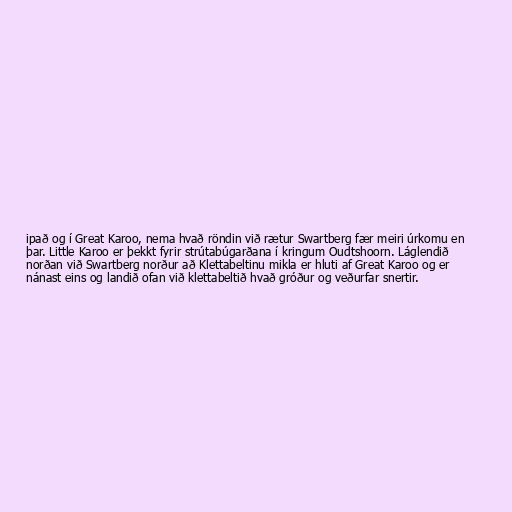
ipað og í Great Karoo, nema hvað röndin við rætur Swartberg fær meiri úrkomu en
þar. Little Karoo er þekkt fyrir strútabúgarðana í kringum Oudtshoorn. Láglendið
norðan við Swartberg norður að Klettabeltinu mikla er hluti af Great Karoo og er
nánast eins og landið ofan við klettabeltið hvað gróður og veðurfar snertir.